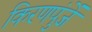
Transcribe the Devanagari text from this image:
किरणपुंजें